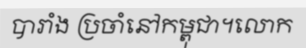
បារាំង ប្រចាំនៅកម្ពុជា។លោក